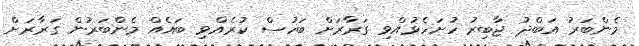
މެންބަރު އަބްދު ޖާބިރު ހުށަހެޅުއްވި ގަރާރަށް ބަހުސް ކުރެއްވި ބައެއް މެންބަރުން ގަރާރަށް